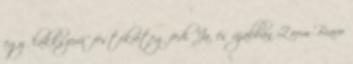
egy "lakkszerû" festékréteg fedi. Ja, és újabban Zoom Bravo